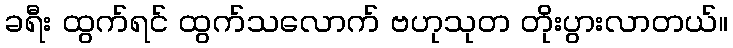
ခရီး ထွက်ရင် ထွက်သလောက် ဗဟုသုတ တိုးပွားလာတယ်။